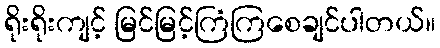
ရိုးရိုးကျင့် မြင်မြင့်ကြံကြစေချင်ပါတယ်။